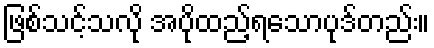
ဖြစ်သင့်သလို အပိုထည့်ရသောပုဒ်တည်း။